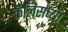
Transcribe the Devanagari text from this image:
कॅलिसच्या